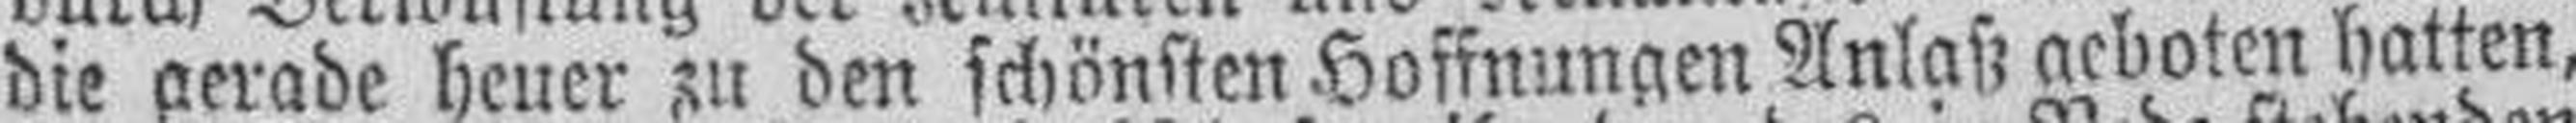
die gerade heuer zu den schönsten Hoffnungen Anlaß geboten hatten,